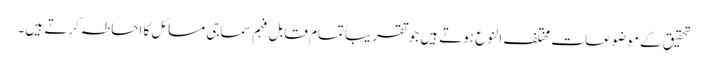
تحقیق کے موضوعات مختلف النوع ہوتے ہیں جو تقریباً تمام قابل فہم سماجی مسائل کا احاطہ کرتے ہیں۔